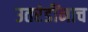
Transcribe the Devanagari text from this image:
उतरंडींनाच